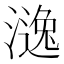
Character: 𣾹